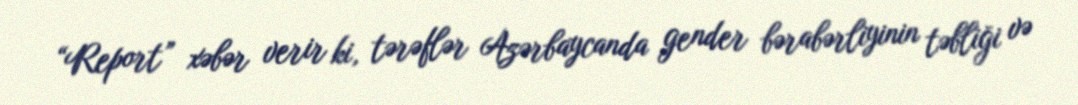
“Report” xəbər verir ki, tərəflər Azərbaycanda gender bərabərliyinin təbliği və